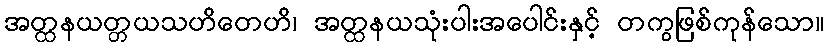
အတ္ထနယတ္တယသဟိတေဟိ၊ အတ္ထနယသုံးပါးအပေါင်းနှင့် တကွဖြစ်ကုန်သော။